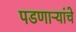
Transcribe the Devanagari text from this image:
पडणाऱ्यांचे